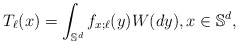
\begin{align*}T_\ell(x)=\int_{\mathbb{S}^d} f_{x;\ell}(y) W(dy), x\in \mathbb{S}^d,\end{align*}